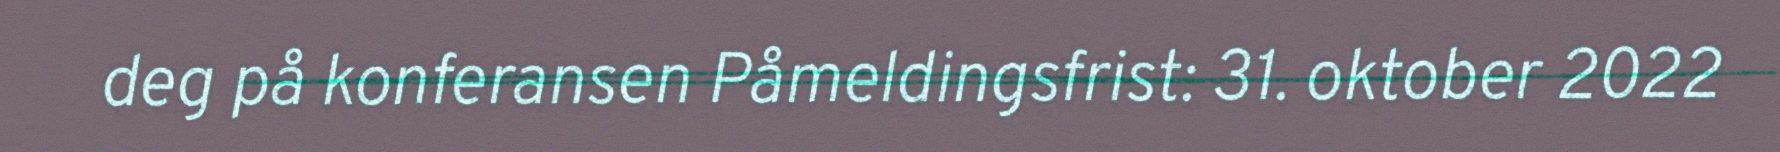
deg på konferansen Påmeldingsfrist: 31. oktober 2022